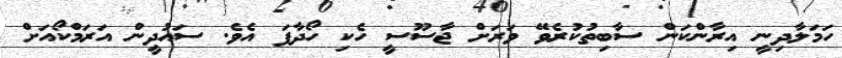
ހަމަލާދިނީ އިރާންކަން ސާބިތުކުރެވޭ ވަރަށް ޖާސޫސީ ހެކި ހޯދާފަ އެވެ. ސައުދީން އަރަމްކޯއަށް